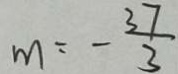
m = - \frac { 3 7 } { 3 }